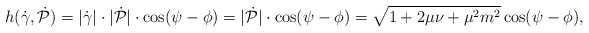
\begin{align*}h(\dot\gamma,\dot{\mathcal P})=|\dot\gamma|\cdot |\dot{\mathcal P}|\cdot \cos(\psi-\phi)=|\dot{\mathcal P}|\cdot \cos(\psi-\phi)=\sqrt{ 1+2\mu \nu+\mu^2m^2}\cos(\psi-\phi),\end{align*}